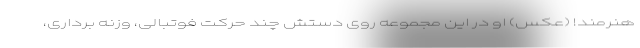
هنرمند! (عکس) او در این مجموعه روی دستش چند حرکت فوتبالی، وزنه برداری،